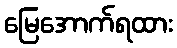
မြေအောက်ရထား